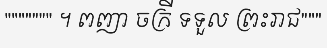
""""""" ។ ពញា ចក្រី ទទួល ព្រះរាជ"""